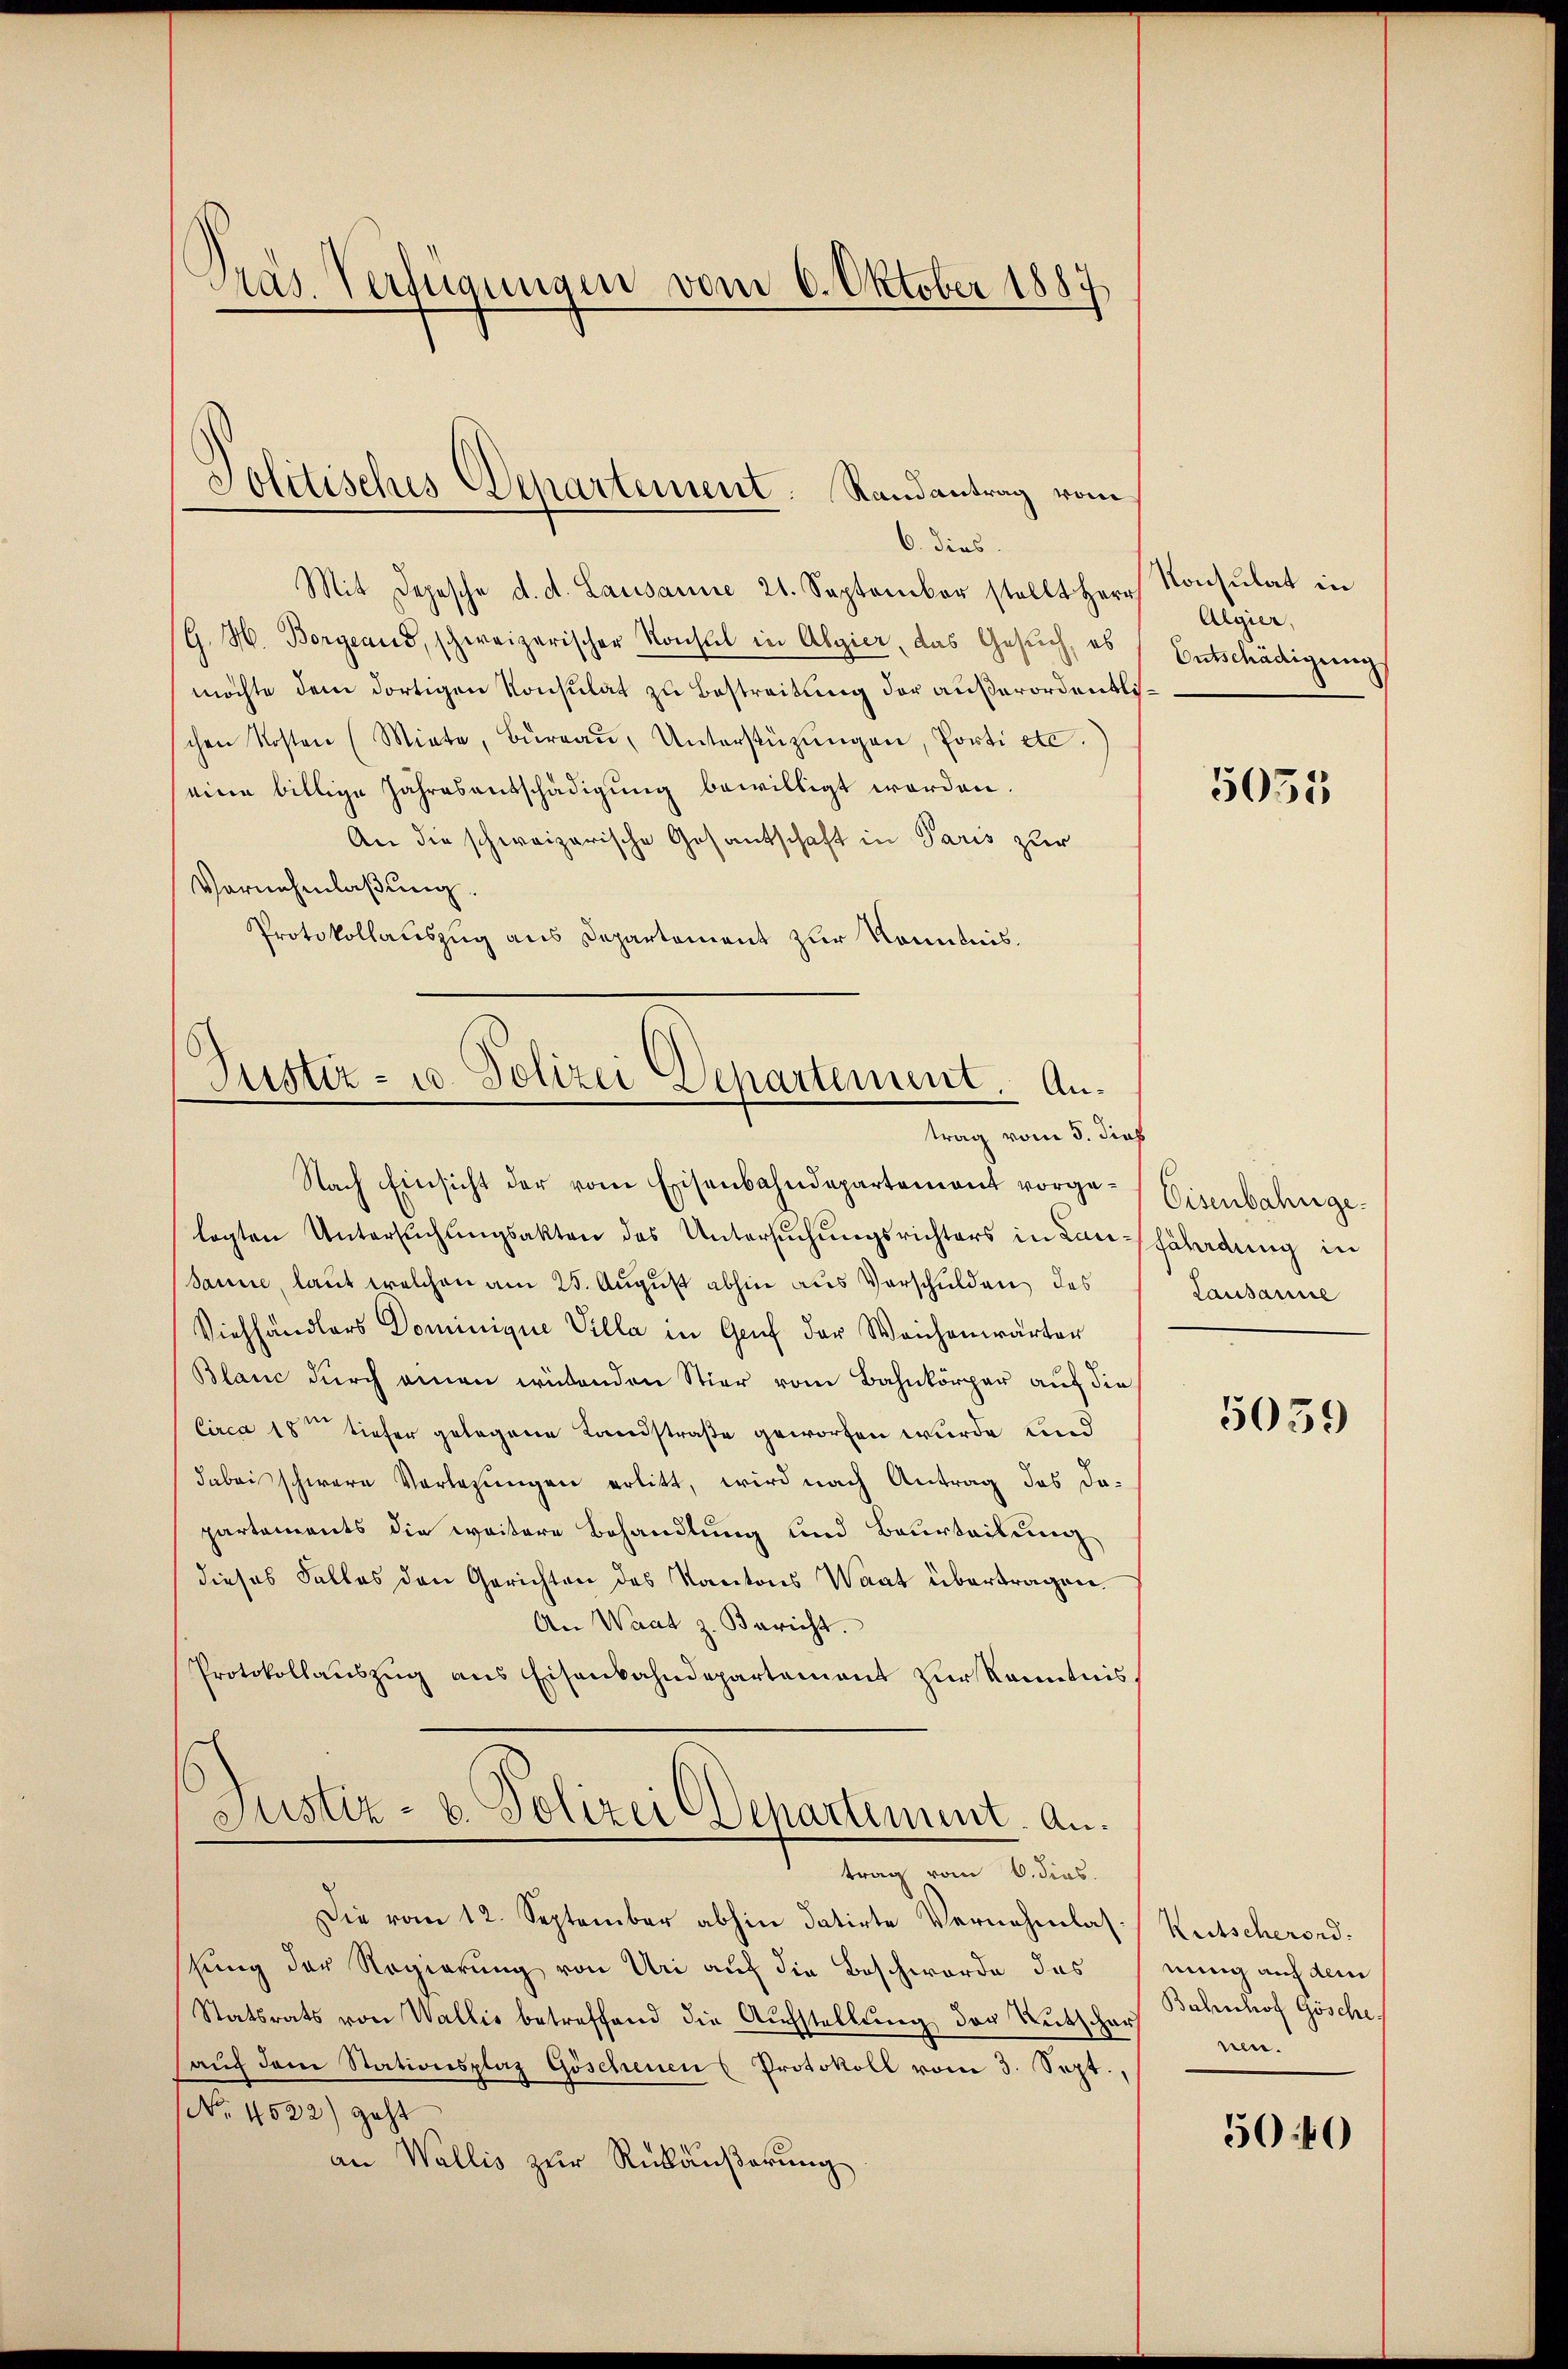
Präs. Verfügungen vom 6. Oktober 1887

Mit Depesche d. d. Lausanne 21. September stellt Herr
(G. H. Borgeaus, schweizerischer Konsul in Algier, das Gesuch, es
möchte dem dortigen Konsulat zu Bestreitung der außerordentlischen Kosten (Miete, Büreaŭ, Unterstützŭngen, Porti etc.
eine billige Jahresentschädigung bewilligt worden.
An die schweizerische Gesantschaft in Paris zur
Vornehmlaßung.
Protokollauszug aus Departement zur Kenntnis.

Politisches Departement: Randantrag vom
6. dies

Justiz- u. Polizei Departement. Antrag vom 5. dies

Nach Einsicht der vom Eisenbahndepartement vorgelagten Untersuchungsakten des Untersuchungsrichters in Lausanne, laut welchen am 25. August abhin aus Verschulden des
Viehhändlers Dominique Villa in Genf der Weichenwärter
Blanc durch einen würdenden Stier vom Bahnkörper auf die
Circa 18ten tiefer gelegene Landstraße geworfen wurde und
dabei schwere Vorlesungen erlitt, wird nach Antrag das dapartements die weitere Behandlung und Beurteilung
dieses Falles den Gerichten des Kantons Waat übertragen
An Waat z. Bericht.
Protokollauszug aus Eisenbahndepartement zur Kenntnis,
Justiz- u. Polizei Departement. An¬

Die vom 12. September abhin datirte Vernehmlashung der Regierung von Uri auf die Beschwerde das
Statsrats von Wallis betreffend die Aufstellung der Rutscharf
aŭch dem Stationsplaz Göschenen 6 Protokoll vom 3. Sept.,
No. 4522) geht
an Wallis zur Rückäußerung

trag vom 6. dies

Konsulat in
Algier,
Entschädigung

5035

Eisenbahnge.
fährdung in
Lausanne

5039

Kutscherond.
nung auch dem
Bahnhof Gösche
nen.

5040